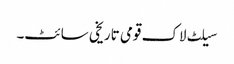
سیلٹ لاک قومی تاریخی سائٹ۔